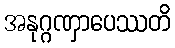
အနုဂ္ဂဏှာပေဿတိ